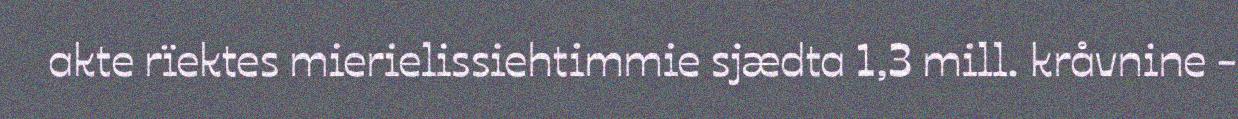
akte rïektes mierielissiehtimmie sjædta 1,3 mill. kråvnine -